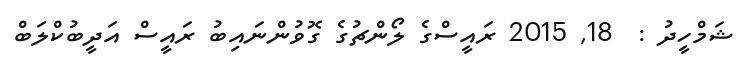
ޝަމްހީދު :  18